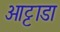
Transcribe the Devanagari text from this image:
ओट्टाडा